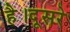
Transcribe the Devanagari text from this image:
है।दूसरे